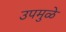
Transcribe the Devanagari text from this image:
उपमुळे